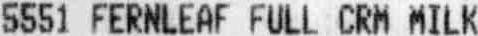
5551 FERNLEAF FULL CRM MILK